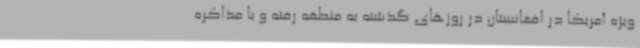
ویژه آمریکا در افغانستان در روزهای گذشته به منطقه رفته و با مذاکره